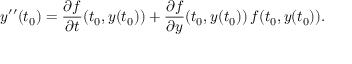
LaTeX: y ^ { \prime \prime } ( t _ { 0 } ) = { \frac { \partial f } { \partial t } } ( t _ { 0 } , y ( t _ { 0 } ) ) + { \frac { \partial f } { \partial y } } ( t _ { 0 } , y ( t _ { 0 } ) ) \, f ( t _ { 0 } , y ( t _ { 0 } ) ) .